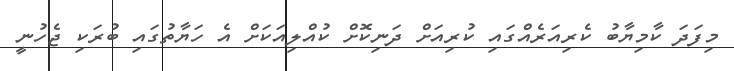
މިފަދަ ކާމިޔާބު ކެރިއަރެއްގައި ކުރިއަށް ދަނިކޮށް ކުއްލިއަކަށް އެ ހަޔާތުގައި ބުރަކި ޖެހުނީ